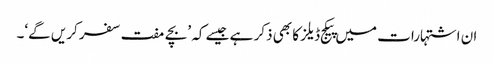
ان اشتہارات میں پیکج ڈیلز کا بھی ذکر ہے جیسے کہ ’بچے مفت سفر کریں گے‘۔